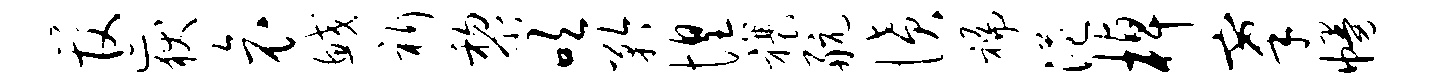
管岳哀鲛祈黎吹矜惶禳航愤褊港棹搴幔